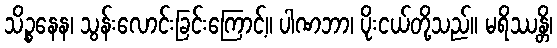
သိဉ္စနေန၊ သွန်းလောင်းခြင်းကြောင့်။ ပါဏဘာ၊ ပိုးငယ်တို့သည်။ မရိဿန္တိ၊